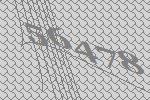
56478